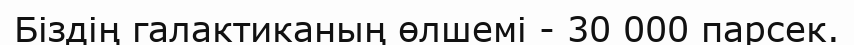
Біздің галактиканың өлшемі - 30 000 парсек.